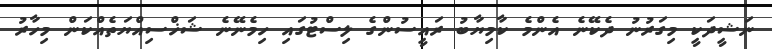
ނަޝީދަކީ މިގަރުނު ދެކޭނެ އެންމެ ކާމިޔާބު ރައީސުންގެ ލިސްޓުގައި ހިމެނޭނެ ޝަޚްސިއްޔަތެއްކަން މިހާރު